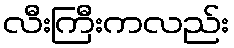
လီးကြီးကလည်း